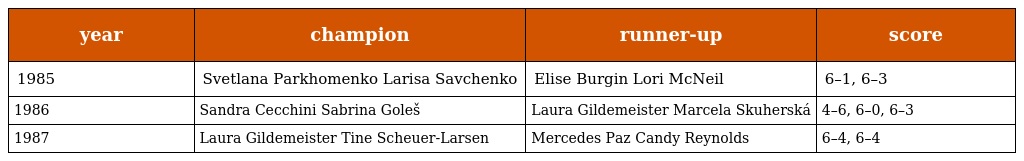
| year | champion | runner-up | score |
 | --- | --- | --- | --- |
 | 1985 | Svetlana Parkhomenko Larisa Savchenko | Elise Burgin Lori McNeil | 6–1, 6–3 |
 | 1986 | Sandra Cecchini Sabrina Goleš | Laura Gildemeister Marcela Skuherská | 4–6, 6–0, 6–3 |
 | 1987 | Laura Gildemeister Tine Scheuer-Larsen | Mercedes Paz Candy Reynolds | 6–4, 6–4 |